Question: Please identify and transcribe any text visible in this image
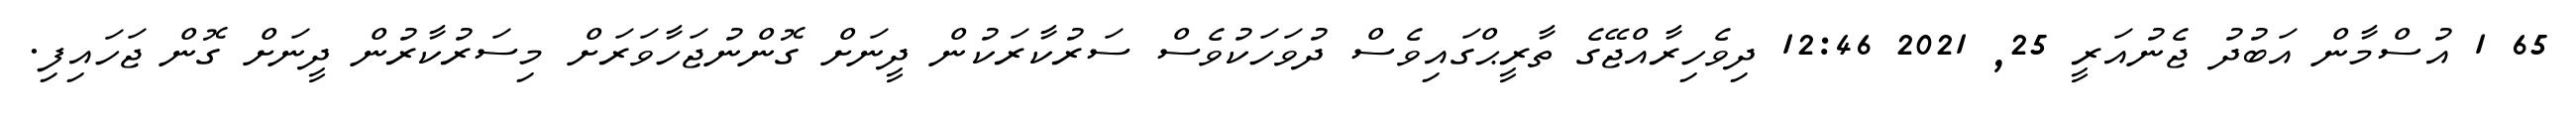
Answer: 65 1 އުސްމާން އަބުދު ޖެނުއަރީ 25, 2021 12:46 ދިވެހިރާއްޖޭގެ ތާރީޙްގައިވެސް ދުވަހަކުވެސް ސަރުކާރަކުން ދީނަށް ގޮންނުޖަހާވަރަށް މިސަރުކާރުން ދީނަށް ގޮން ޖަހައިފި.